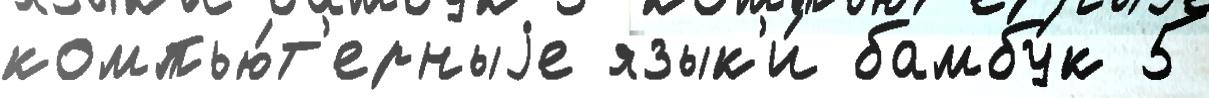
компью́т'ерныjе язык'и́ бамбу́к 5